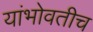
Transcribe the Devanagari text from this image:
यांभोवतीच